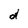
Character: d